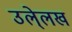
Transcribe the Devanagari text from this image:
उले्लख